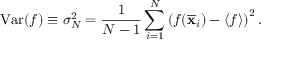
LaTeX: \mathrm { V a r } ( f ) \equiv \sigma _ { N } ^ { 2 } = { \frac { 1 } { N - 1 } } \sum _ { i = 1 } ^ { N } \left( f ( { \overline { { \mathbf { x } } } } _ { i } ) - \langle f \rangle \right) ^ { 2 } .